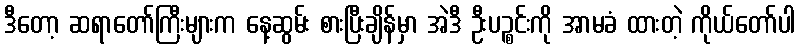
ဒီတော့ ဆရာတော်ကြီးများက နေ့ဆွမ်း စားပြီးချိန်မှာ အဲဒီ ဦးပဉ္စင်းကို အာမခံ ထားတဲ့ ကိုယ်တော်ပါ